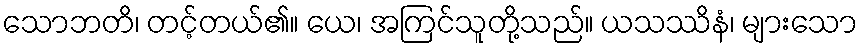
သောဘတိ၊ တင့်တယ်၏။ ယေ၊ အကြင်သူတို့သည်။ ယသဿိနံ၊ များသော